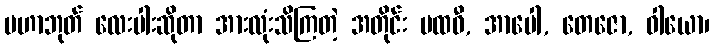
မဟာဘုတ် လေးပါးဆိုတာ အားလုံးသိကြတဲ့ အတိုင်း ပထဝီ, အာပေါ, တေဇော, ဝါယော၊